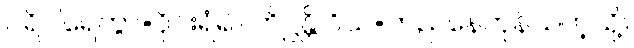
ပရိပါရေတွာ=ဝိုင်းရံ၍။ တိဋ္ဌန္တိ ဝိယ=တည်နေကုန်သကဲ့သို့။